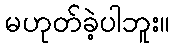
မဟုတ်ခဲ့ပါဘူး။